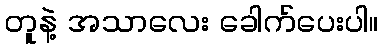
တူနဲ့ အသာလေး ခေါက်ပေးပါ။